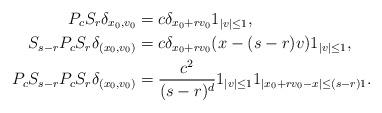
LaTeX: \begin{align*} P_c S_r \delta_{x_0,v_0} &= c\delta_{x_0+rv_0}1_{|v| \leq 1},\\ S_{s-r}P_c S_r \delta_{(x_0,v_0)} &= c \delta_{x_0+rv_0}(x-(s-r)v) 1_{|v| \leq 1}, \\P_c S_{s-r}P_c S_r \delta_{(x_0,v_0)} &=\frac{c^2}{(s-r)^d} 1_{|v| \leq 1} 1_{|x_0+rv_0 - x| \leq (s-r)1}. \end{align*}